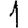
Digit: 1